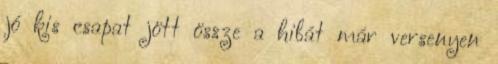
jó kis csapat jött össze a hibát már versenyen